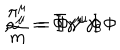
\frac { \pi ^ { \mu } } { m } = \bar { \Phi } \gamma ^ { \mu } \Phi \hspace { . 4 i n } , \hspace { . 4 i n } a ^ { \mu } = \bar { \Phi } \gamma ^ { \mu } \gamma _ { 5 } \Phi